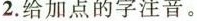
2. 给加点的字注音。